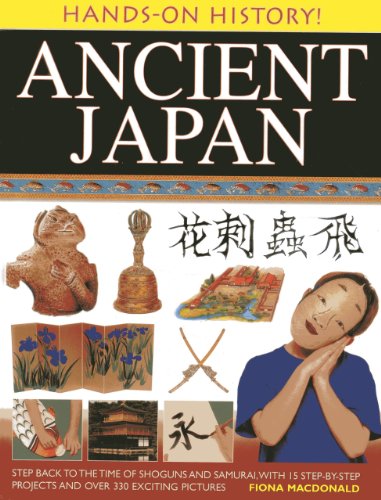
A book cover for Hands-On History! Ancient Japan: Step Back to the Time of Shoguns and Samurai, with 15 Step-by-Step Projects and Over 330 Exciting Pictures; Fiona Macdonald; Children's Books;